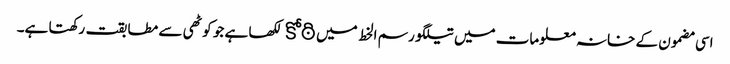
اسی مضمون کے خانہ معلومات میں تیلگو رسم الخط میں కోఠి لکھا ہے جو کوٹھی سے مطابقت رکھتا ہے۔